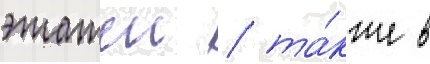
этажеи / та́кже в